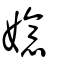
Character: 嬑